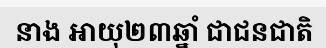
នាង អាយុ២៣ឆ្នាំ ជាជនជាតិ